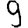
Digit: 9